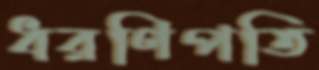
ধরণিপতি